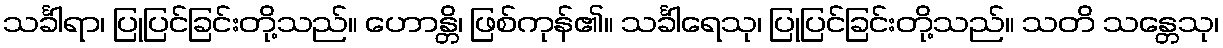
သင်္ခါရာ၊ ပြုပြင်ခြင်းတို့သည်။ ဟောန္တိ၊ ဖြစ်ကုန်၏။ သင်္ခါရေသု၊ ပြုပြင်ခြင်းတို့သည်။ သတိ သန္တေသု၊